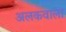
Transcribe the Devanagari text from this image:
अलकवाला